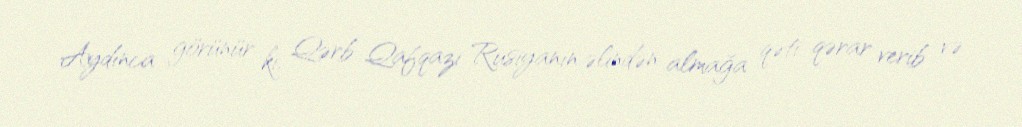
Aydınca görünür ki, Qərb Qafqazı Rusiyanın əlindən almağa qəti qərar verib və